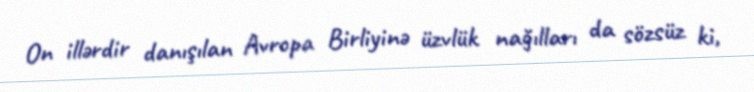
On illərdir danışılan Avropa Birliyinə üzvlük nağılları da sözsüz ki,